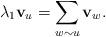
LaTeX: \begin{align*}\lambda_1 \mathbf{v}_u = \sum_{w\sim u} \mathbf{v}_w.\end{align*}